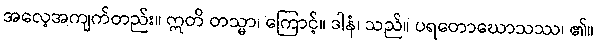
အလေ့အကျက်တည်း။ ဣတိ တသ္မာ၊ ကြောင့်။ ဒါနံ၊ သည်။ ပရတောဃောသဿ၊ ၏။